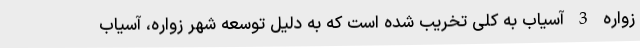
زواره 3 آسیاب به کلی تخریب شده است که به دلیل توسعه شهر زواره، آسیاب